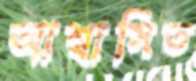
আশ্বাসিত